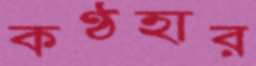
কণ্ঠহার